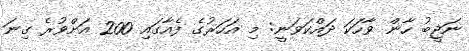
ނަޖީބު ހާން ވާހަކަ ދައްކަވަނީ: މި އަހަރުގެ ފެއާގައި 200 އަށްވުރެ ގިނަ